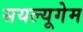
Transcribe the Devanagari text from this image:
सयल्यूगेम